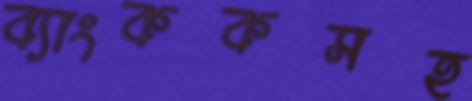
ব্যাংককসহ